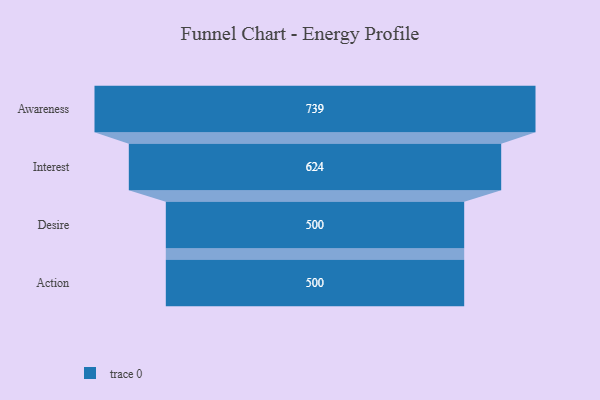
{"axis": {"x": "Stage", "y": "Value"}, "legend": [""], "data": [{"x": "Awareness", "y": 739.0, "type": ""}, {"x": "Interest", "y": 624.0, "type": ""}, {"x": "Desire", "y": 500, "type": ""}, {"x": "Action", "y": 500, "type": ""}]}